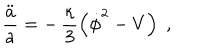
\frac { \ddot { a } } { a } = - \, \frac { \kappa } { 3 } \left( { \dot { \phi } } ^ { 2 } - V \right) \; ,